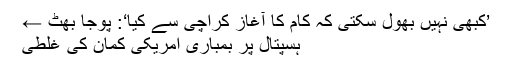
’کبھی نہیں بھول سکتی کہ کام کا آغاز کراچی سے کیا‘: پوجا بھٹ ←
ہسپتال پر بمباری امریکی کمان کی غلطی